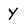
Character: y